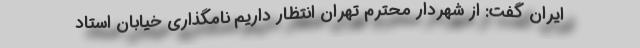
ایران گفت: از شهردار محترم تهران انتظار داریم نامگذاری خیابان استاد